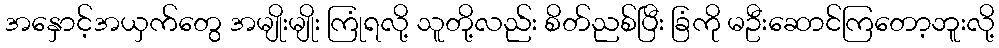
အနှောင့်အယှက်တွေ အမျိုးမျိုး ကြုံရလို့ သူတို့လည်း စိတ်ညစ်ပြီး ခြံကို မဦးဆောင်ကြတော့ဘူးလို့